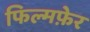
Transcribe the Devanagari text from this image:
फिल्मफ़ेर